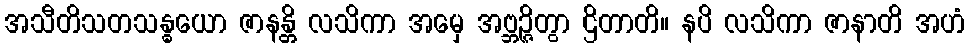
အသီတိသတသန္ဓယော ဇာနန္တိ လသိကာ အမှေ အဗ္ဘဉ္ဇိတွာ ဌိတာတိ။ နပိ လသိကာ ဇာနာတိ အဟံ